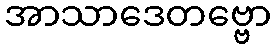
အာသာဒေတဗ္ဗော